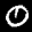
Label: 0